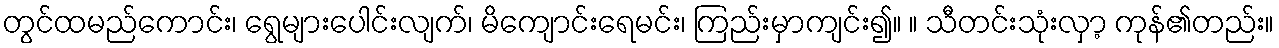
တွင်ထမည်ကောင်း၊ ရွေများပေါင်းလျက်၊ မိကျောင်းရေမင်း၊ ကြည်းမှာကျင်း၍။ ။ သီတင်းသုံးလှာ့ ကုန်၏တည်း။